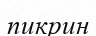
пикрин